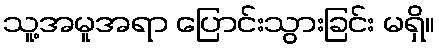
သူ့အမူအရာ ပြောင်းသွားခြင်း မရှိ။